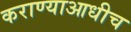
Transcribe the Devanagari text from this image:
कराण्याआधीच